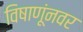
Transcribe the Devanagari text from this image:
विषाणूंनवर